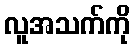
လူအသက်ကို